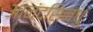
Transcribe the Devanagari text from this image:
आनंदसिन्धु